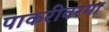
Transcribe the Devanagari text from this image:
पाकरीवरमा